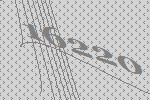
16220